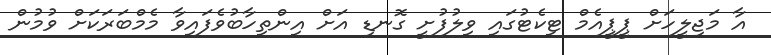
އާ މަޖިލީހަށް ޕީޕީއެމް ޓިކެޓުގައި ވިލުފުށީ ގޮނޑި އަށް އިންތިހާބުވެފައިވާ މެމްބަރަކަށް ވުމުން